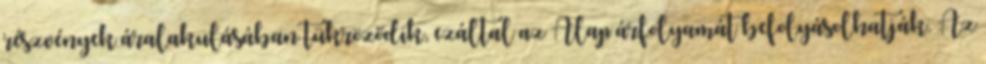
részvények áralakulásában tükröződik, ezáltal az Alap árfolyamát befolyásolhatják. Az